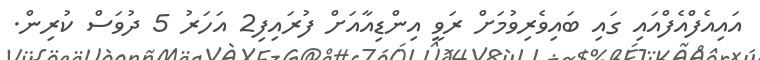
އައިއެފްއެފްއައި ގައި ބައިވެރިވުމަށް ރަވީ އިންޑިއާއަށް ފުރައިފި2 އަހަރު 5 ދުވަސް ކުރިން.